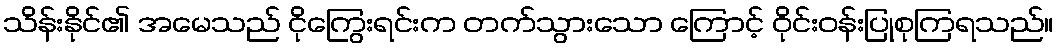
သိန်းနိုင်၏ အမေသည် ငိုကြွေးရင်းက တက်သွားသော ကြောင့် ဝိုင်းဝန်းပြုစုကြရသည်။